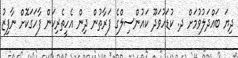
ދިޔަ ބައްދަލުވުމަށް ދ. ކުޑަހުވަދޫ ކައުންސިލްގެ ފަރާތުން ދިން އެހީތެރިކަން ފާހަގަކޮށް ނާފިޒު